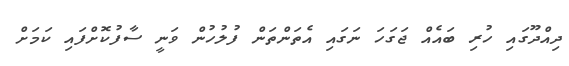
ދިއްދޫގައި ހުރި ބައެއް ޖަގަހަ ނަގައި އެތަންތަން ފުލުހުން ވަނީ ސާފުކޮށްފައި ކަމަށް